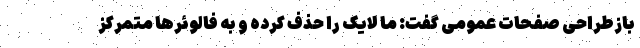
بازطراحی صفحات عمومی گفت: ما لایک را حذف کرده و به فالوئرها متمرکز